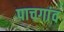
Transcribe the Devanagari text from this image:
पाचगांव